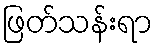
ဖြတ်သန်းရာ